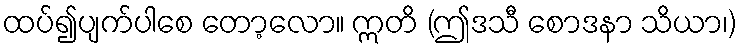
ထပ်၍ပျက်ပါစေ တော့လော။ ဣတိ (ဤဒသီ စောဒနာ သိယာ၊)